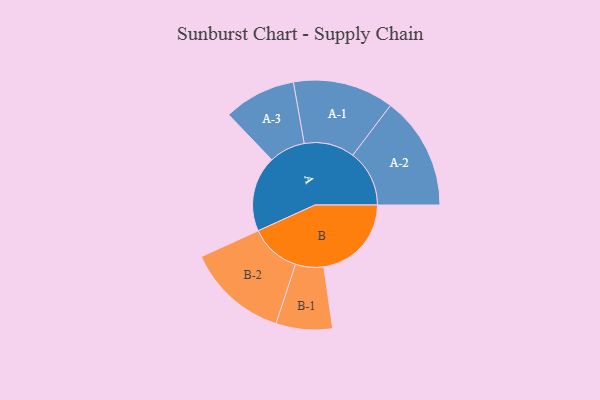
{"axis": {"x": "Segment", "y": "Value"}, "legend": ["", "A", "B"], "data": [{"x": "A", "y": 285, "type": ""}, {"x": "B", "y": 330, "type": ""}, {"x": "A-1", "y": 190, "type": "A"}, {"x": "A-2", "y": 213, "type": "A"}, {"x": "A-3", "y": 136, "type": "A"}, {"x": "B-1", "y": 106, "type": "B"}, {"x": "B-2", "y": 191, "type": "B"}]}